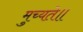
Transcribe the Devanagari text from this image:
मुच्यते॥